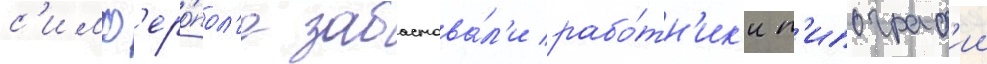
с'имф'еро́пол'е забастова́л'и рабо́тн'ик'и т'ипограф'ии